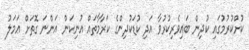
ކުށްކުރުމުގައި ކުދިން ބައިވެރިކުރުވާ އަދި ކުޑަކުދިންގެ ކަރާމާތައް އުނިކަން އަންނަ ގޮތަށް ޢަމަލު